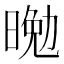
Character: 𭦴